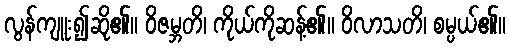
လွန်ကျူး၍ဆို၏။ ဝိဇမ္ဘတိ၊ ကိုယ်ကိုဆန့်၏။ ဝိလာသတိ၊ စမ္ပယ်၏။